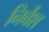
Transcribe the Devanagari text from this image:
निर्वेश